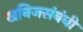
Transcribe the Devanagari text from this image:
खनिजसंबंधी